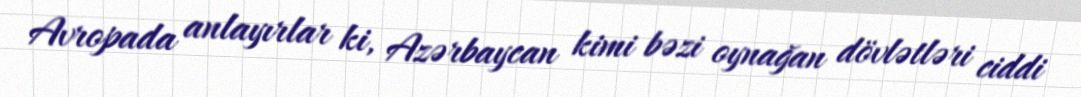
Avropada anlayırlar ki, Azərbaycan kimi bəzi oynağan dövlətləri ciddi